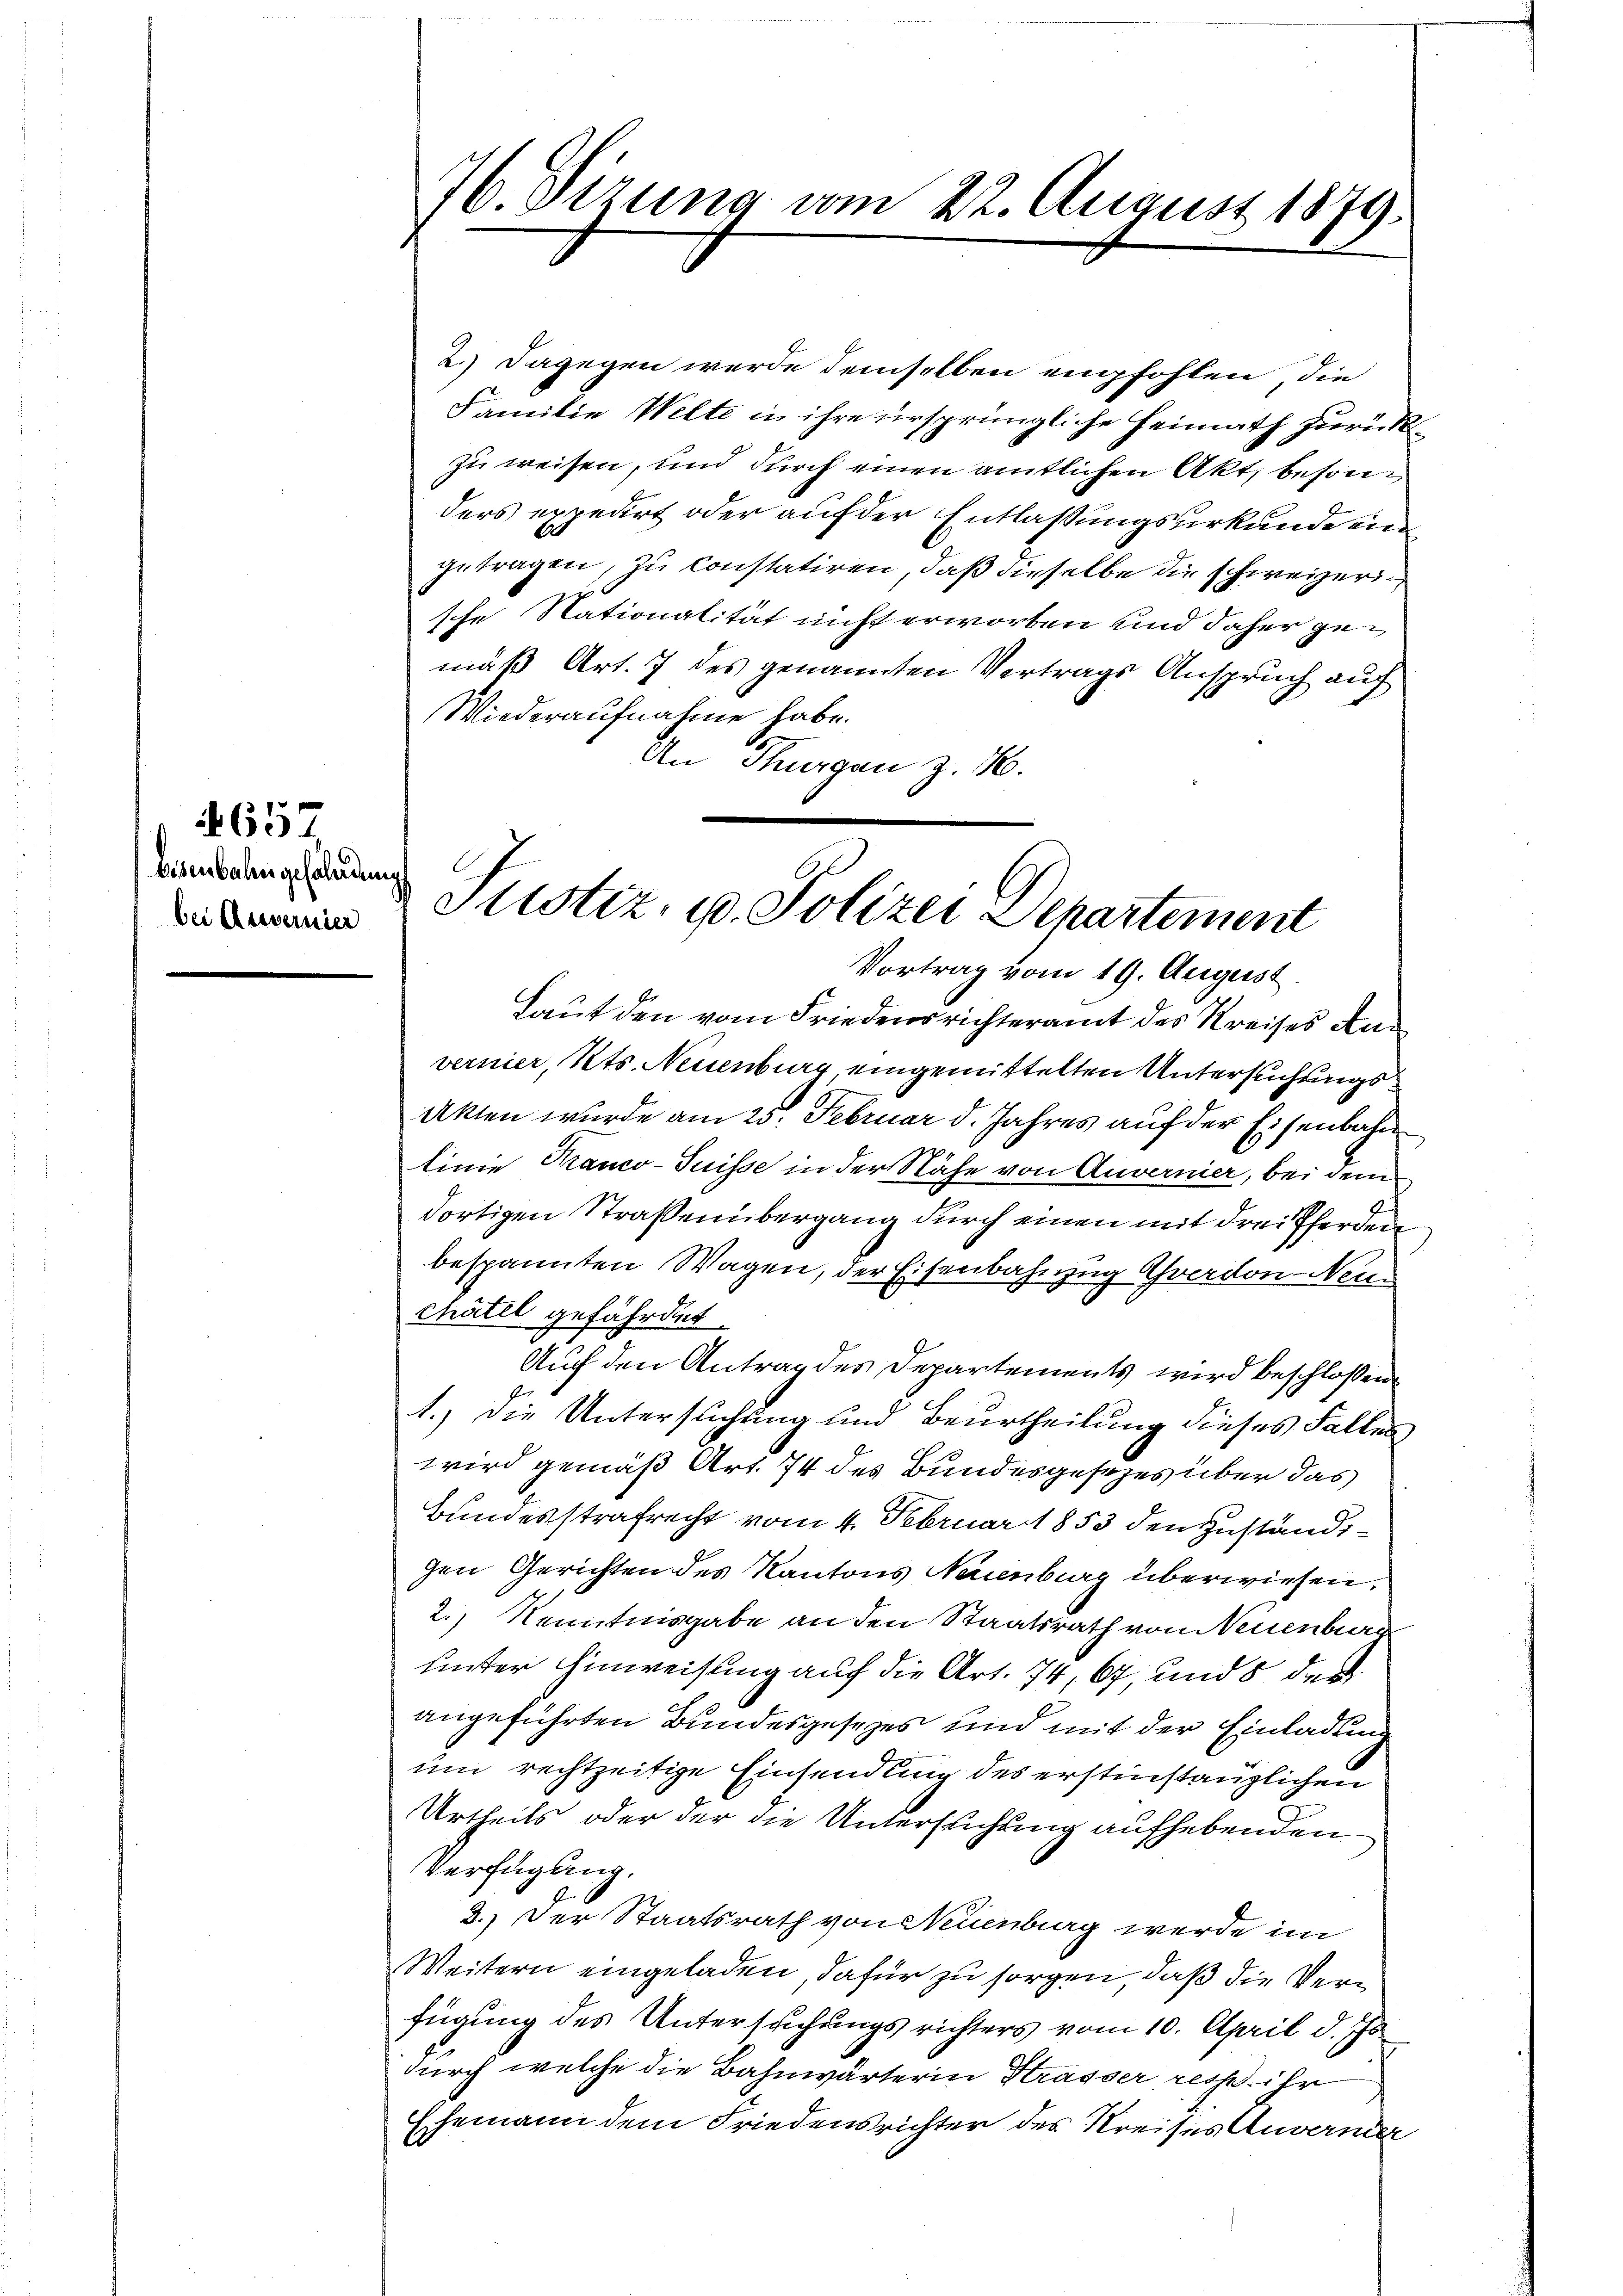
Eisenbahngefährdung

657

76. Dizuna vom 22. August 1879.

2.) Dagegen werde demselben empfohlen, die
Familie Welte in ihre ursprüngliche Heimath zurück
zu weisen, und durch einen amtlichen Akt, besonders expedirt oder auf der Entlassungsurkunde ein
getragen, zu constatiren, daß dieselbe die schweizerische Nationalität nicht erworben und daher gemäß Art. 7 des genannten Vertrags Anspruch auf
Wiederaufnahme habe.
An Thurgau z. B.

.
ammann Ottstiz, u. Polizei Departement
Vortrag vom 19. August.

Laut den vom Friedensrichteramt des Kreises Anvernier, Kts. Neuenburg eingemittelten Untersuchungs¬
Akten wurde am 25. Februar d. Jahres auf der Eisenbahn
linie Kranco-Suisse in der Nähe von Anvernier, bei dem
dortigen Straßenübergang durch einen mit drei Pferden
bespannten Wagen, der Eisenbahnzug Ahverdon-Neun
Chatel gefährdet.
Auch den Antrag des Departements wird beschloßen
1.) Die Untersuchung und Beurtheilung dieses Falles
wird gemäß Art. 74 des Bundesgesezes über das
Bundesstrafrecht vom 4. Februar 1853 den Zuständigen Gerichten des Kantons Neuenburg überwiesen,
2.) Kenntnisgabe an den Staatsrath von Neuenburg
unter Hinweisung auf die Art. 74, 67, und 8 der
angeführten Bundesgesezes und mit der Einladung
um rechtzeitige Einsendung des erstinstanzlichen
Urtheils oder der die Untersuchung aufhebenden
Verfügung.
2.) Der Staatsrath von Neuenburg werde im
Weitern eingeladen, dafür zu sorgen, daß die Verfügung des Untersuchungs richters vom 10. April d. Js.
durch welche die Bahnwärterin Krasser, resse ihr
Ehemann dem Friedensrichter des Kreises Anvernder